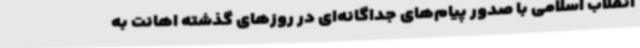
انقلاب اسلامی با صدور پیام‌های جداگانه‌ای در روزهای گذشته اهانت به